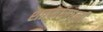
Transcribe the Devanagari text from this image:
शतकांमधली